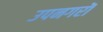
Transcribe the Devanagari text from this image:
उपनगरॊ